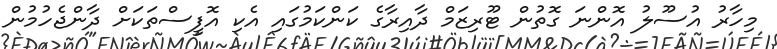
މިހާރު އުސޫލު އޮންނަ ގޮތުން ޓޫރިޒަމް ދާއިރާގެ ކަންކަމުގައި އެކި އޮފީސްތަކަށް ދާންޖެހުމުން